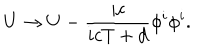
U \rightarrow U - { \frac { i c } { i c T + d } } { \phi ^ { i } \phi ^ { i } } .